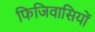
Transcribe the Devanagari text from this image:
फिजिवासियों